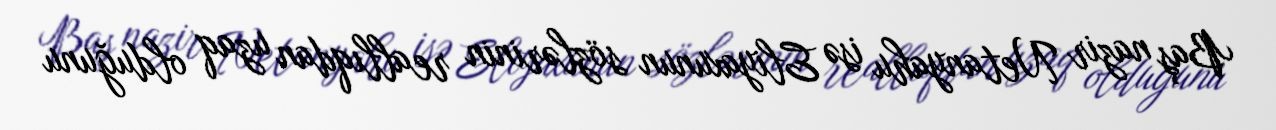
Baş nazir Netanyahu isə Eliyaxunun sözlərinin reallıqdan uzaq olduğunu